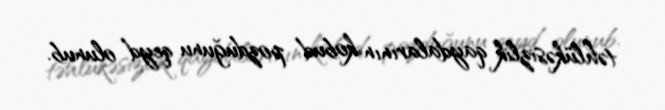
təhlükəsizlik qaydalarının kobud pozduğunu qeyd olunub.